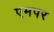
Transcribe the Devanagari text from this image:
एमपर